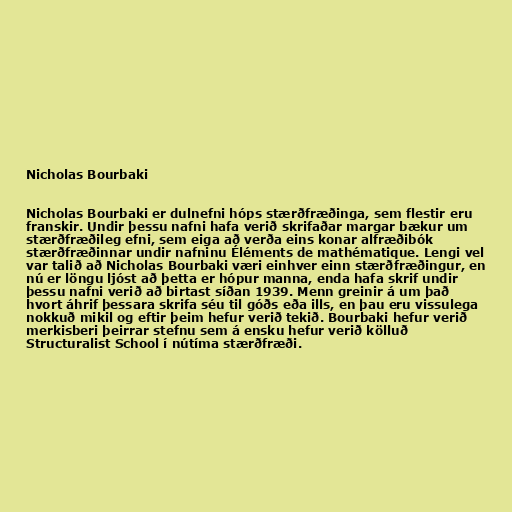
Nicholas Bourbaki

Nicholas Bourbaki er dulnefni hóps stærðfræðinga, sem flestir eru
franskir. Undir þessu nafni hafa verið skrifaðar margar bækur um
stærðfræðileg efni, sem eiga að verða eins konar alfræðibók
stærðfræðinnar undir nafninu Éléments de mathématique. Lengi vel
var talið að Nicholas Bourbaki væri einhver einn stærðfræðingur, en
nú er löngu ljóst að þetta er hópur manna, enda hafa skrif undir
þessu nafni verið að birtast síðan 1939. Menn greinir á um það
hvort áhrif þessara skrifa séu til góðs eða ills, en þau eru vissulega
nokkuð mikil og eftir þeim hefur verið tekið. Bourbaki hefur verið
merkisberi þeirrar stefnu sem á ensku hefur verið kölluð
Structuralist School í nútíma stærðfræði.